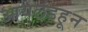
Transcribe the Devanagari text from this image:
आयलंडहून